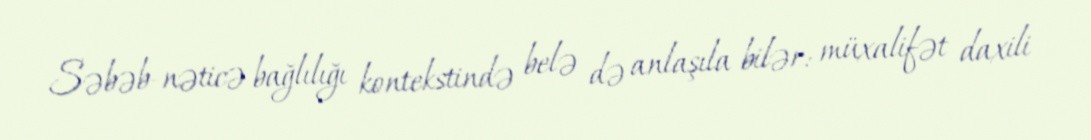
Səbəb-nəticə bağlılığı kontekstində belə də anlaşıla bilər: müxalifət daxili